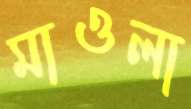
মাওলা